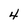
Character: 4